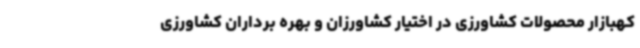
کهبازار محصولات کشاورزی در اختیار کشاورزان و بهره برداران کشاورزی